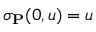
\sigma _ { \mathbf { P } } ( 0 , \mathfrak { u } ) = \mathfrak { u }